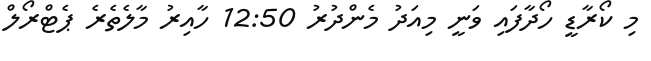
މި ކޯރާޑީ ހޯދާފައި ވަނީ މިއަދު މެންދުރު 12:50 ހާއިރު މާލެތެރެ ޕެޓްރޯލް